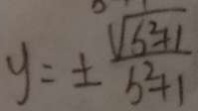
y = \pm \frac { \sqrt { b ^ { 2 } + 1 } } { b ^ { 2 } + 1 }